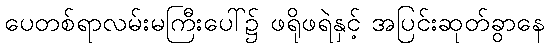
ပေတစ်ရာလမ်းမကြီးပေါ်၌ ဖရိုဖရဲနှင့် အပြင်းဆုတ်ခွာနေ